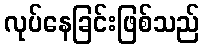
လုပ်နေခြင်းဖြစ်သည်